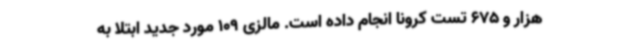
هزار و 675 تست کرونا انجام داده است. مالزی 109 مورد جدید ابتلا به